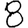
Digit: 8